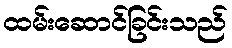
ထမ်းဆောင်ခြင်းသည်